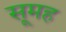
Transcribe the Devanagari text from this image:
सूमह